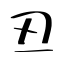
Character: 丒